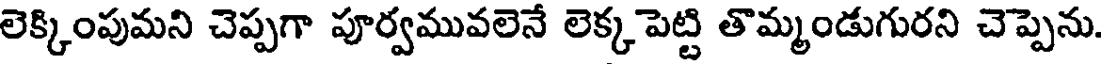
లెక్కింపుమని చెప్పగా పూర్వమువలెనే లెక్క పెట్టి తొమ్మండుగురని చెప్పెను